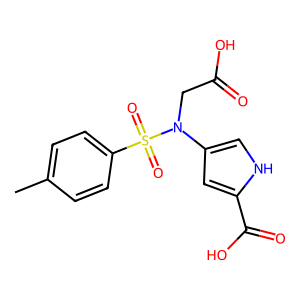
SMILES: Cc1ccc(S(=O)(=O)N(CC(=O)O)c2c[nH]c(C(=O)O)c2)cc1
Inhibits HIV replication: No